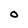
Character: O